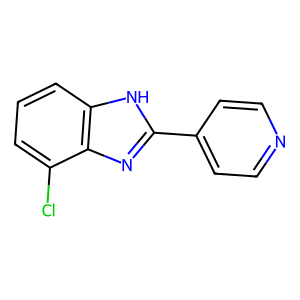
SMILES: Clc1cccc2[nH]c(-c3ccncc3)nc12
Inhibits HIV replication: No